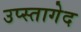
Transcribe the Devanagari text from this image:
उप्स्तागेद